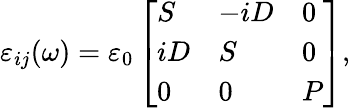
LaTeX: \varepsilon_{ij}(\omega)=\varepsilon_{0}\left[\begin{array}{lll}{S}&{-iD}&{0}\\ {iD}&{S}&{0}\\ {0}&{0}&{P}\end{array}\right],